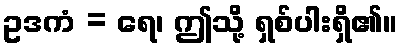
ဥဒကံ = ရေ၊ ဤသို့ ရှစ်ပါးရှိ၏။